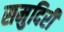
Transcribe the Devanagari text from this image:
समुदिरी